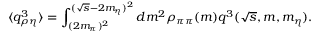
\langle q _ { \rho \eta } ^ { 3 } \rangle = \int _ { ( 2 m _ { \pi } ) ^ { 2 } } ^ { ( \sqrt { s } - 2 m _ { \eta } ) ^ { 2 } } d m ^ { 2 } \rho _ { \pi \pi } ( m ) q ^ { 3 } ( \sqrt { s } , m , m _ { \eta } ) .